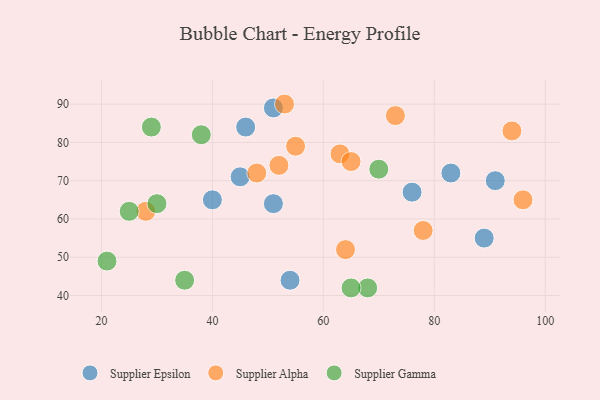
{"axis": {"x": "GDP", "y": "Life Expectancy"}, "legend": ["Supplier Alpha", "Supplier Epsilon", "Supplier Gamma"], "data": [{"x": "51", "y": 64, "type": "Supplier Epsilon"}, {"x": "76", "y": 67, "type": "Supplier Epsilon"}, {"x": "54", "y": 44, "type": "Supplier Epsilon"}, {"x": "40", "y": 65, "type": "Supplier Epsilon"}, {"x": "46", "y": 84, "type": "Supplier Epsilon"}, {"x": "51", "y": 89, "type": "Supplier Epsilon"}, {"x": "89", "y": 55, "type": "Supplier Epsilon"}, {"x": "45", "y": 71, "type": "Supplier Epsilon"}, {"x": "83", "y": 72, "type": "Supplier Epsilon"}, {"x": "91", "y": 70, "type": "Supplier Epsilon"}, {"x": "53", "y": 90, "type": "Supplier Alpha"}, {"x": "64", "y": 52, "type": "Supplier Alpha"}, {"x": "55", "y": 79, "type": "Supplier Alpha"}, {"x": "52", "y": 74, "type": "Supplier Alpha"}, {"x": "48", "y": 72, "type": "Supplier Alpha"}, {"x": "94", "y": 83, "type": "Supplier Alpha"}, {"x": "28", "y": 62, "type": "Supplier Alpha"}, {"x": "78", "y": 57, "type": "Supplier Alpha"}, {"x": "63", "y": 77, "type": "Supplier Alpha"}, {"x": "73", "y": 87, "type": "Supplier Alpha"}, {"x": "65", "y": 75, "type": "Supplier Alpha"}, {"x": "96", "y": 65, "type": "Supplier Alpha"}, {"x": "30", "y": 64, "type": "Supplier Gamma"}, {"x": "25", "y": 62, "type": "Supplier Gamma"}, {"x": "35", "y": 44, "type": "Supplier Gamma"}, {"x": "68", "y": 42, "type": "Supplier Gamma"}, {"x": "38", "y": 82, "type": "Supplier Gamma"}, {"x": "65", "y": 42, "type": "Supplier Gamma"}, {"x": "21", "y": 49, "type": "Supplier Gamma"}, {"x": "70", "y": 73, "type": "Supplier Gamma"}, {"x": "29", "y": 84, "type": "Supplier Gamma"}]}